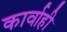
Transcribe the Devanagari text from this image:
कार्वाही